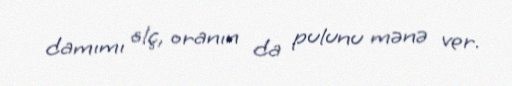
damımı ölç, oranın da pulunu mənə ver.